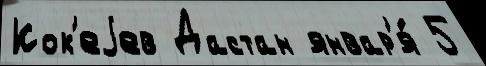
Кок'еjев Дастан январ'я́ 5